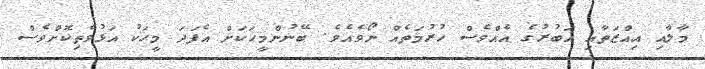
މާލާއި އިއްޒަތާއި އަބުރުގެ އެއްވެސް ހުރުމަތެއް ނޯވެއެވެ. ބޭނުންމީހަކަށް އެފަދަ މީހަކު އަޅުވެތިކޮށްވެސް